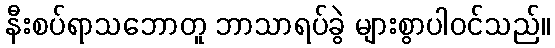
နီးစပ်ရာသဘောတူ ဘာသာရပ်ခွဲ များစွာပါဝင်သည်။